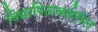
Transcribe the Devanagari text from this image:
विद्यापिठाबाहेरील